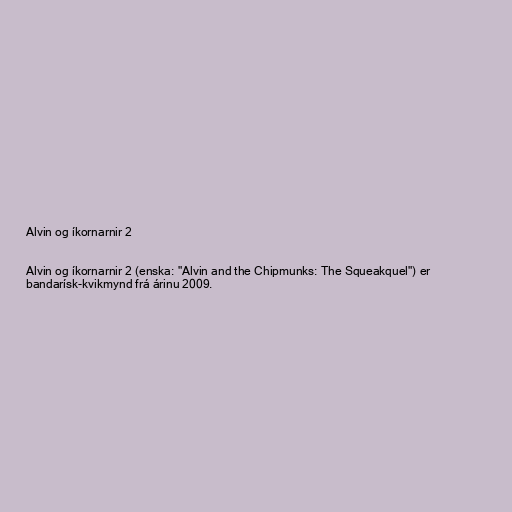
Alvin og íkornarnir 2

Alvin og íkornarnir 2 (enska: "Alvin and the Chipmunks: The Squeakquel") er
bandarísk-kvikmynd frá árinu 2009.